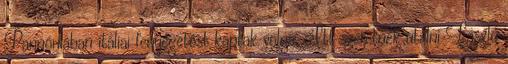
Pannóniában itáliai fenyegetést kaptak volna. Itt szeretnék utalni László